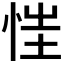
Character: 𢚇